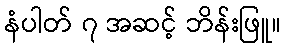
နံပါတ် ၇ အဆင့် ဘိန်းဖြူ။